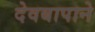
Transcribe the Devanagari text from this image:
देवबापाने